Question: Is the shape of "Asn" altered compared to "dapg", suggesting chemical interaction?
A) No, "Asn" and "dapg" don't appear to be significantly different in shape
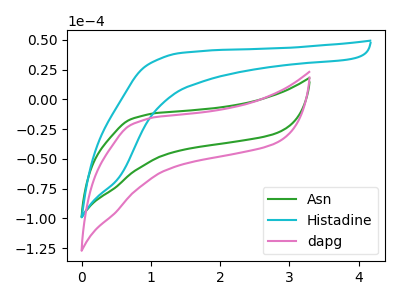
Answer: <think>The green curve "Asn" has no peaks. The cyan curve "Histadine" has no peaks. The pink curve "dapg" has no peaks.
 Neither "Asn" or "dapg" have any peaks.</think>
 <answer>A) No, "Asn" and "dapg" don't appear to be significantly different in shape</answer>
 <eval>A</eval>